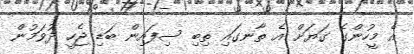
އެ މީހުންގެ ގަޔަށް އެ ތާނގައި ތިބި ސިފައިން ބަޑި ޖެހީ ދުވަމުން